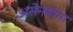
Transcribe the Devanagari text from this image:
असेनबोना